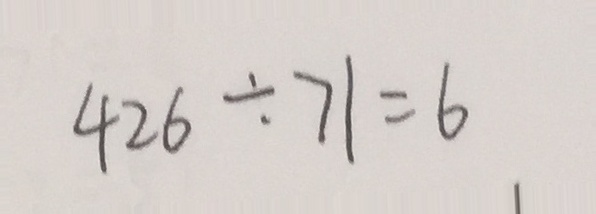
4 2 6 \div 7 1 = 6